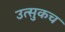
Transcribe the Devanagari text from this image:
उत्सुकच